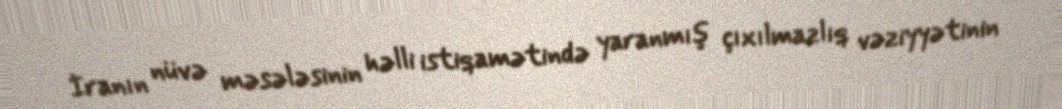
İranın nüvə məsələsinin həlli istiqamətində yaranmış çıxılmazlıq vəziyyətinin